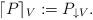
LaTeX: \begin{align*}\lceil P \rceil_{V} := P_{\downarrow V}.\end{align*}